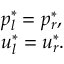
\begin{array} { l } { p _ { l } ^ { * } = p _ { r } ^ { * } , } \\ { u _ { l } ^ { * } = u _ { r } ^ { * } . } \end{array}